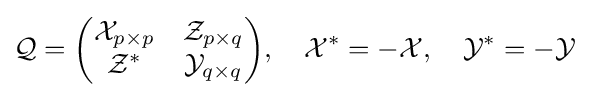
{\mathcal {Q}}={\begin{pmatrix}{\mathcal {X}}_{p\times p}&{\mathcal {Z}}_{p\times q}\\{\mathcal {Z}}^{*}&{\mathcal {Y}}_{q\times q}\end{pmatrix}},\quad {\mathcal {X}}^{*}=-{\mathcal {X}},\quad {\mathcal {Y}}^{*}=-{\mathcal {Y}}